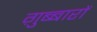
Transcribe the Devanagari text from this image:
ग़ुब्बारों